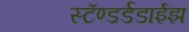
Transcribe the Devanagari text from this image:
स्टॅण्डर्डडाईझ